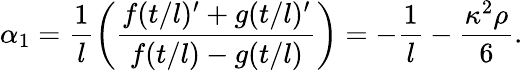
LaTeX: \alpha_{1}=\frac{1}{l}\left(\frac{f(t/l)^{\prime}+g(t/l)^{\prime}}{f(t/l)-g(t/l)}\right)=-\frac{1}{l}-\frac{\kappa^{2}\rho}{6}.